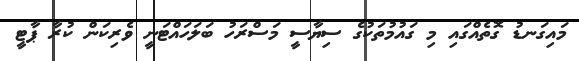
މައިގަނޑު ގޮތެއްގައި މި ގައުމުތަކުގެ ސިޔާސީ މަސްރަހު ބަލަހައްޓަނީ ވެރިކަން ކުރާ ޕާޓީ